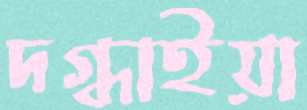
দগ্ধাইয়া